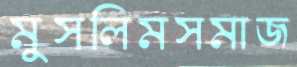
মুসলিমসমাজ